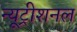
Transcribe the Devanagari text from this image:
न्यूट्रीशनल